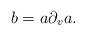
LaTeX: \begin{align*} b=a \partial_v a. \end{align*}